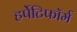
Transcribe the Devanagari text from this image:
हर्पेटिफॉर्म